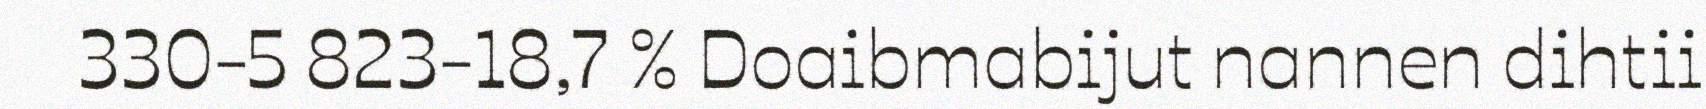
330-5 823-18,7 % Doaibmabijut nannen dihtii